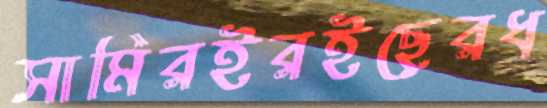
সামিরইরইছেরধ